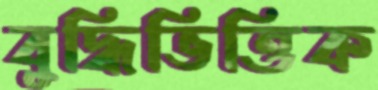
বুদ্ধিভিত্তিক